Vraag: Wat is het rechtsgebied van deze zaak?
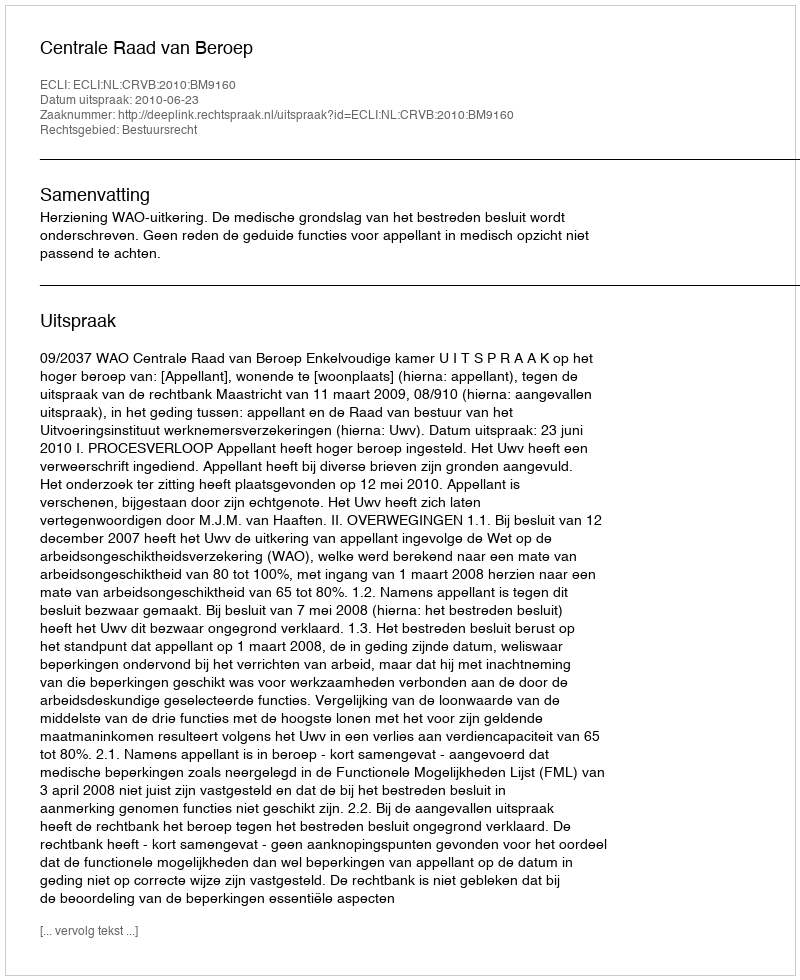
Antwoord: Bestuursrecht